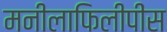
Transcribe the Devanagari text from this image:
मनीलाफिलीपींस